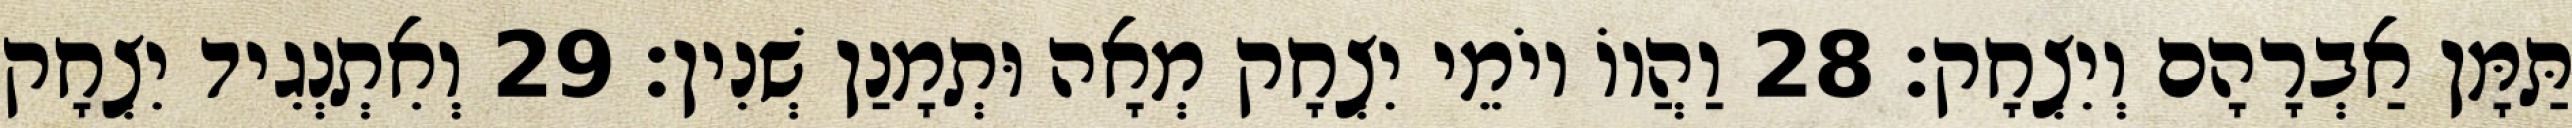
תַּמָּן אַבְרָהָם וְיִצְחָק׃ 28 וַהֲווֹ יוֹמֵי יִצְחָק מְאָה וּתְמָנַן שְׁנִין׃ 29 וְאִתְנְגִיד יִצְחָק